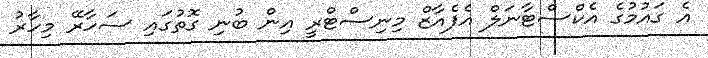
އެ ގައުމުގެ އެކްސްޓާނަލް އެފެއާޒް މިނިސްޓްރީ އިން ބުނި ގޮތުގައި ސަހާރޭ މިހާރު